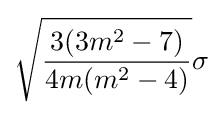
{\sqrt {\frac {3(3m^{2}-7)}{4m(m^{2}-4)}}}\sigma